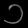
Digit: ၁